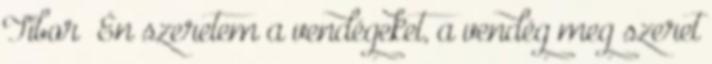
Tibor „Én szeretem a vendégeket, a vendég meg szeret